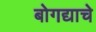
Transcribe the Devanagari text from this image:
बोगद्याचे